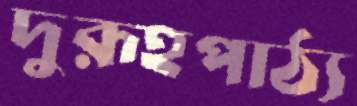
দুরূহপাঠ্য